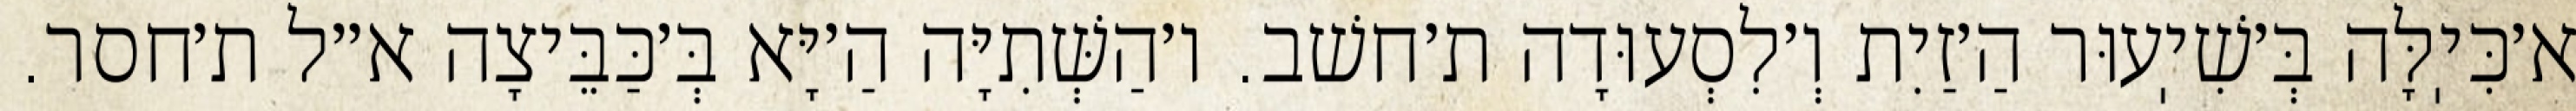
א׳כִּיֽלָּה בְּ׳שִׁיֽעוּר הַ׳זַיִת וְ׳לִסְעוּדָה ת׳חשׁב. ו׳הַשְּׁתִיָּה הַ׳יָּא בְּ׳כַּבֵּיצָה א״ל ת׳חסר.